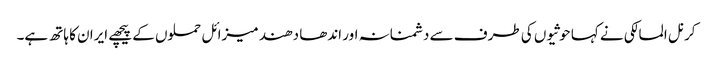
کرنل المالکی نے کہا حوثیوں کی طرف سے دشمنانہ اور اندھا دھند میزائل حملوں کے پیچھے ایران کا ہاتھ ہے۔